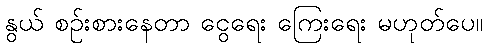
နွယ် စဉ်းစားနေတာ ငွေရေး ကြေးရေး မဟုတ်ပေ။